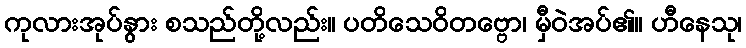
ကုလားအုပ်နွား စသည်တို့လည်း။ ပတိသေဝိတဗ္ဗော၊ မှီဝဲအပ်၏။ ဟီနေသု၊